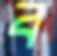
ব